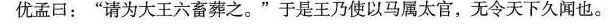
优孟回：”请为大王六畜葬之。”于是王乃使以马属太官，无令天下久闻也。